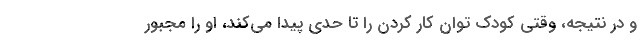
و در نتیجه، وقتی کودک توان کار کردن را تا حدی پیدا می‌کند، او را مجبور